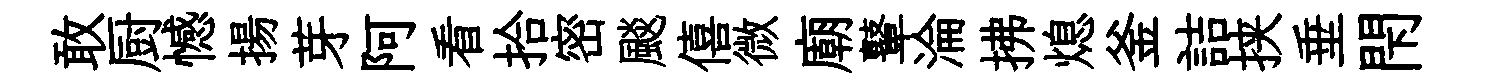
敢厨憾揚芽阿看拾密颷僖微廟鼙淪拂熄釜詰挟垂閇